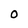
Character: 0